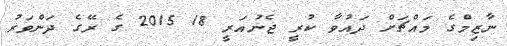
ނާޒިމްގެ މައްޗަށް ދައުވާ ކުރީ ޖެނުއަރީ 18 2015 ގެ ރޭގެ ދަންވަރު